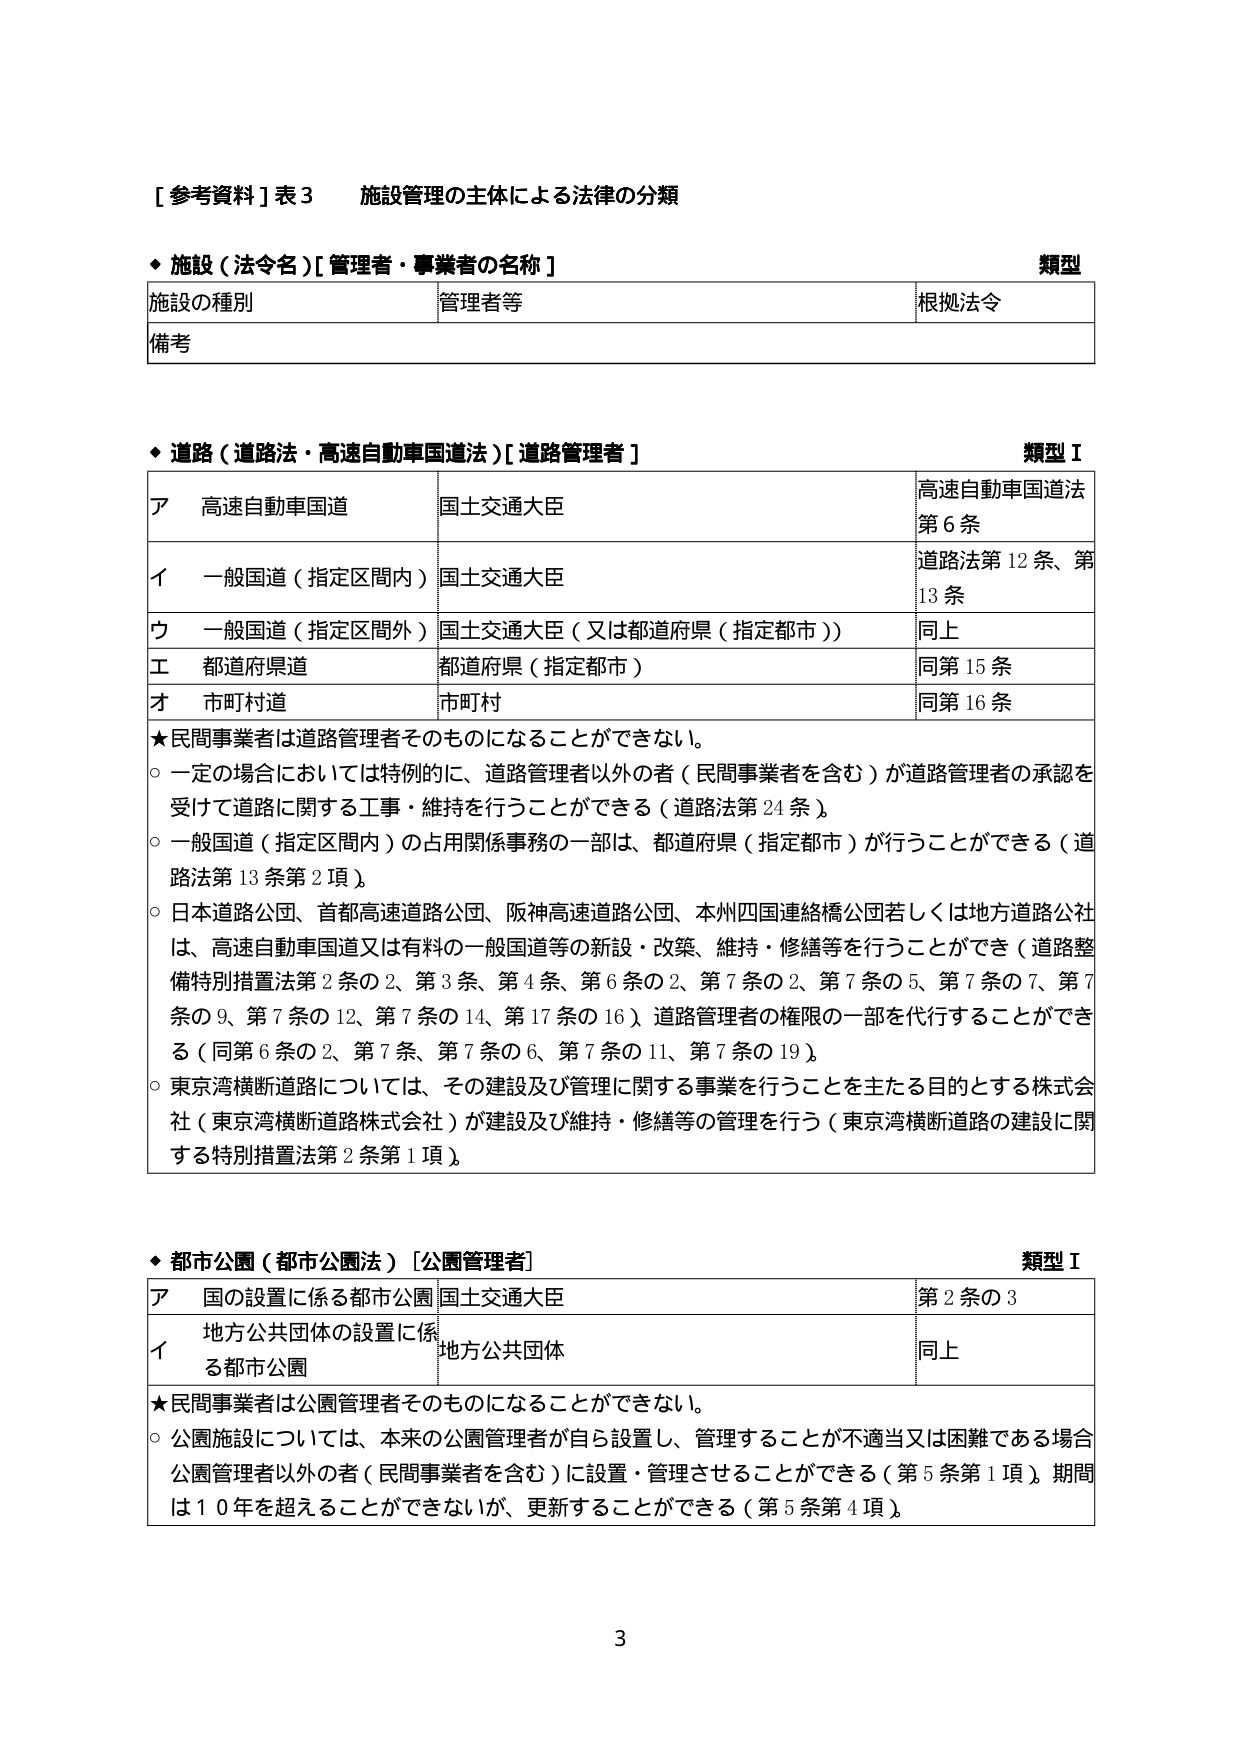
[ 参考資料 ] 表 3 施設管理の主体による法律の分類

◆ 施設（法令名）[ 管理者・事業者の名称 ]
類型
施設の種別 管理者等 根拠法令
備考

◆ 道路（道路法・高速自動車国道法）[ 道路管理者 ]
類型 I
ア 高速自動車国道 国土交通大臣 高速自動車国道法 第6条
イ 一般国道（指定区間内） 国土交通大臣 道路法第12条、第13条
ウ 一般国道（指定区間外） 国土交通大臣（又は都道府県（指定都市）） 同上
エ 都道府県道 都道府県（指定都市） 同第15条
オ 市町村道 市町村 同第16条
★民間事業者は道路管理者そのものにはなれることはない。
○ 一定の場合においては特例的に、道路管理者以外の者（民間事業者を含む）が道路管理者の承認を受けて道路に関する工事・維持を行うことができる（道路法第24条）。
○ 一般国道（指定区間内）の占用関係事務の一部は、都道府県（指定都市）が行うことができる（道路法第13条第2項）。
○ 日本道路公団、首都高速道路公団、阪神高速道路公団、本州四国連絡橋公団若しくは地方道路公社は、高速自動車国道又は有料の一般国道等の新設・改築、維持・修繕等を行うことができる（道路整備特別措置法第2条の2、第3条、第4条、第6条の2、第7条の2、第7条の5、第7条の7、第7条の9、第7条の12、第7条の14、第17条の16）道路管理者の権限の一部を代行することができる（同第6条の2、第7条、第7条の6、第7条の11、第7条の19）。
○ 東京湾横断道路については、その建設及び管理に関する事業を行うことを主たる目的とする株式会社（東京湾横断道路株式会社）が建設及び維持・修繕等の管理を行う（東京湾横断道路の建設に関する特別措置法第2条第1項）。

◆ 都市公園（都市公園法）[ 公園管理者 ]
類型 I
ア 国の設置に係る都市公園 国土交通大臣 第2条の3
イ 地方公共団体の設置に係る都市公園 地方公共団体 同上
★民間事業者は公園管理者そのものにはなれることはない。
○ 公園施設については、本来の公園管理者が自ら設置し、管理することが不適当又は困難である場合、公園管理者以外の者（民間事業者を含む）に設置・管理させることができる（第5条第1項）。期間は10年を超えることができないが、更新することができる（第5条第4項）。

3